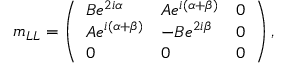
m _ { L L } = \left( \begin{array} { l l l } { { B e ^ { 2 i \alpha } } } & { { A e ^ { i ( \alpha + \beta ) } } } & { { 0 } } \\ { { A e ^ { i ( \alpha + \beta ) } } } & { { - B e ^ { 2 i \beta } } } & { { 0 } } \\ { { 0 } } & { { 0 } } & { { 0 } } \end{array} \right) ,